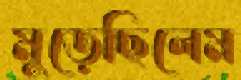
মুড়েছিলেম